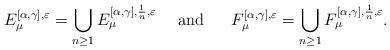
LaTeX: \begin{align*} E_{\mu}^{[\alpha,\gamma],\varepsilon} =\bigcup_{n\geq 1}E_{\mu}^{[\alpha,\gamma],\frac{1}{n},\varepsilon} \ \ \ \mbox{ and }\ \ \ \ F_{\mu}^{[\alpha,\gamma],\varepsilon} =\bigcup_{n\geq 1}F_{\mu}^{[\alpha,\gamma],\frac{1}{n},\varepsilon}.\end{align*}